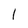
Character: l